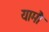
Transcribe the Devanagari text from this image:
यामौ